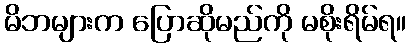
မိဘများက ပြောဆိုမည်ကို မစိုးရိမ်ရ။